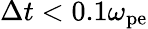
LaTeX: \Delta t<0.1\omega_{\mathrm{pe}}